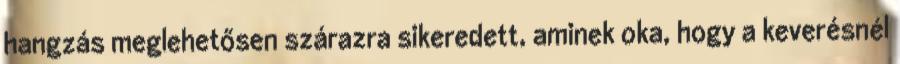
hangzás meglehetősen szárazra sikeredett, aminek oka, hogy a keverésnél